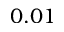
0 . 0 1